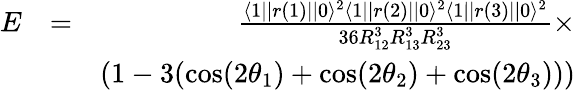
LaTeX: \begin{array}{rlr}{E}&{=}&{\frac{\langle 1||r(1)||0\rangle^{2}\langle 1||r(2)||0\rangle^{2}\langle 1||r(3)||0\rangle^{2}}{36R_{12}^{3}R_{13}^{3}R_{23}^{3}}\times}\\ &{}&{(1-3(\cos(2\theta_{1})+\cos(2\theta_{2})+\cos(2\theta_{3})))}\end{array}